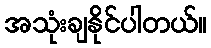
အသုံးချနိုင်ပါတယ်။